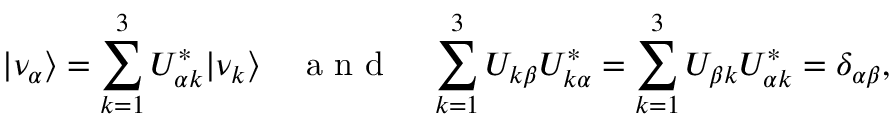
| \nu _ { \alpha } \rangle = \sum _ { k = 1 } ^ { 3 } U _ { \alpha k } ^ { \ast } | \nu _ { k } \rangle \quad \textrm { a n d } \quad \sum _ { k = 1 } ^ { 3 } U _ { k \beta } U _ { k \alpha } ^ { \ast } = \sum _ { k = 1 } ^ { 3 } U _ { \beta k } U _ { \alpha k } ^ { \ast } = \delta _ { \alpha \beta } ,